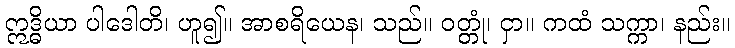
ဣဒ္ဓိယာ ပါဒေါတိ၊ ဟူ၍။ အာစရိယေန၊ သည်။ ဝတ္တုံ၊ ငှာ။ ကထံ သက္ကာ၊ နည်း။